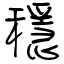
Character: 穩